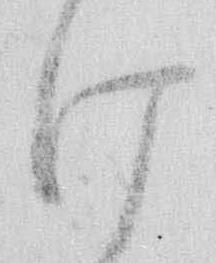
け